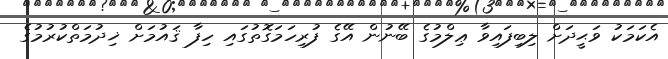
އެކަމަކު ވަޙީދަށް ލިބިފައިވާ ޢިލްމުގެ ބޭނުން އޭގެ ފުރިހަމަގޮތުގައި ހިފާ ޤައުމަށް ޚިދުމަތްކުރުމުގެ